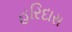
હરિદાસ